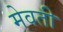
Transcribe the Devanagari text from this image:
मेवती